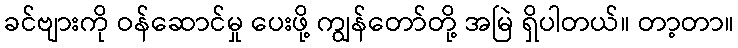
ခင်ဗျားကို ဝန်ဆောင်မှု ပေးဖို့ ကျွန်တော်တို့ အမြဲ ရှိပါတယ်။ တာ့တာ။